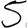
Digit: 5